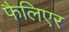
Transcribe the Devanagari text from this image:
फैलिएर